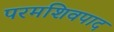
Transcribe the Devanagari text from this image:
परमशिवपाद